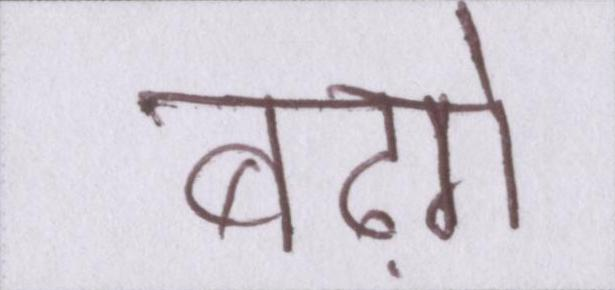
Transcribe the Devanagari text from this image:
बढ़ेंगे